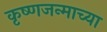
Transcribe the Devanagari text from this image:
कृष्णजन्माच्या